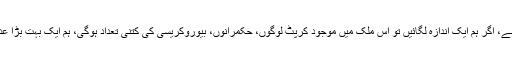
ملک کی آبادی تقریباً اٹھارہ کروڑ ہے، اگر ہم ایک اندازہ لگائیں تو اِس ملک میں موجود کرپٹ لوگوں، حکمرانوں، بیوروکریسی کی کتنی تعداد ہوگی، ہم ایک بہت بڑا عدد بھی لیں، مثلاً ایک کروڑ لے لیں۔